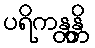
ပရိကန္တန္တိ